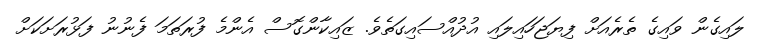
ލައިގެން ވައިގެ ތެރެއަށް ފިޔަޖަހައިލައި އުދުއްސައިގަތެެވެ. ޒައިކާންގޮސް އެންމެ ފުރަތަމަ ފެނުނު ފަޅުރަށަކަށް